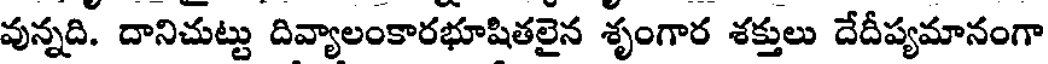
వున్నది. దానిచుట్టు దివ్యాలంకారభూషితలైన శృంగార శక్తులు దేదీప్యమానంగా